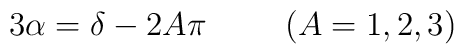
3\alpha = \delta - 2A\pi \hskip 1 cm (A = 1, 2,3)